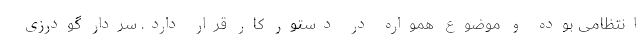
انتظامی بوده و موضوع همواره در دستور کار قرار دارد. سردار گودرزی